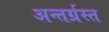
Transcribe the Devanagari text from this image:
अन्‍तर्ग्रस्‍त